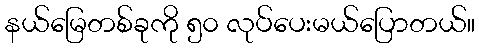
နယ်မြေတစ်ခုကို ၅၀ လုပ်ပေးမယ်ပြောတယ်။